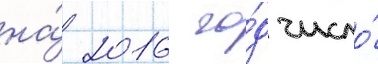
на́ 2016 го́д число́